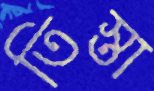
তিস্তা